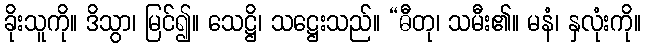
ခိုးသူကို။ ဒိသွာ၊ မြင်၍။ သေဋ္ဌိ၊ သဋ္ဌေးသည်။ “ဓီတု၊ သမီး၏။ မနံ၊ နှလုံးကို။